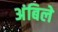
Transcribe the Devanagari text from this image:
अंबिले